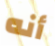
أنه